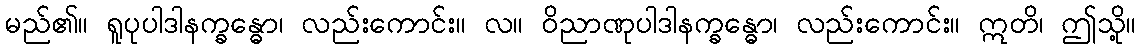
မည်၏။ ရူပုပါဒါနက္ခန္ဓော၊ လည်းကောင်း။ လ။ ဝိညာဏုပါဒါနက္ခန္ဓော၊ လည်းကောင်း။ ဣတိ၊ ဤသို့။